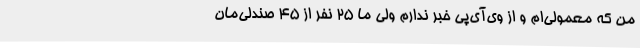
من که معمولی‌ام و از وی‌آی‌پی خبر ندارم ولی ما 25 نفر از 45 صندلی‌مان